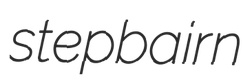
stepbairn